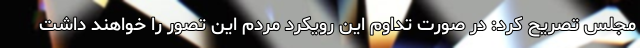
مجلس تصریح کرد: در صورت تداوم این رویکرد مردم این تصور را خواهند داشت